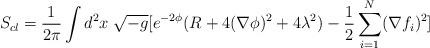
LaTeX: \begin{align*}S_{cl}=\frac{1}{2\pi}\int d^{2}x \; \sqrt{-g}[e^{-2\phi}(R+4(\nabla\phi)^{2}+4 \lambda^{2})-\frac{1}{2}\sum_{i=1}^{N}(\nabla f_{i})^{2}]\end{align*}